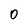
Character: 0